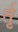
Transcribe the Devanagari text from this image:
र्तृ